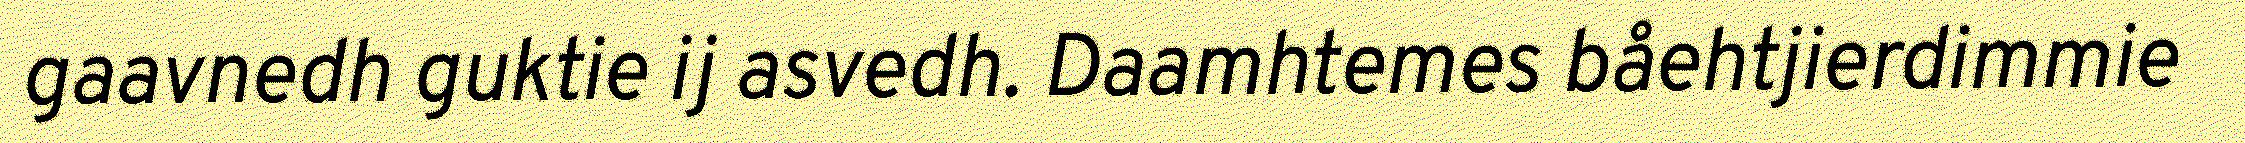
gaavnedh guktie ij asvedh. Daamhtemes båehtjierdimmie